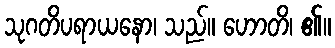
သုဂတိပရာယနော၊ သည်။ ဟောတိ၊ ၏။